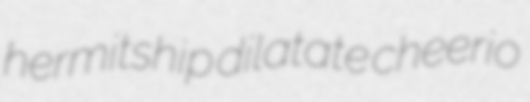
hermitship dilatate cheerio